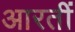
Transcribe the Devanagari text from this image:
आरतीं